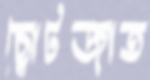
ছোটজাত